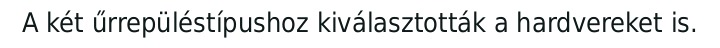
A két űrrepüléstípushoz kiválasztották a hardvereket is.